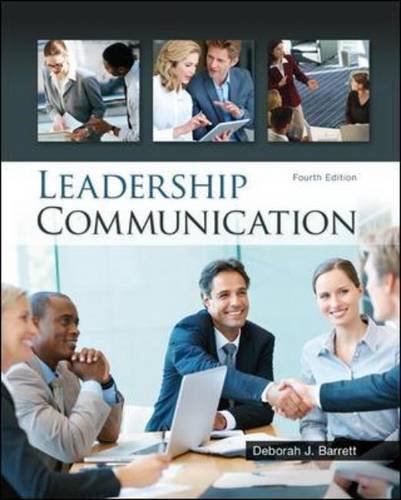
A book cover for Leadership Communication; Deborah Barrett; Business & Money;